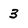
Character: 3